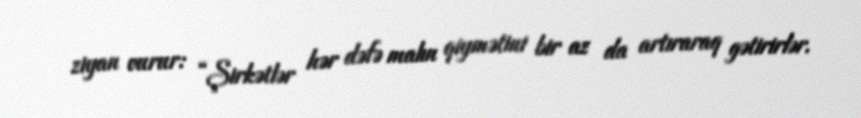
ziyan vurur: “Şirkətlər hər dəfə malın qiymətini bir az da artıraraq gətirirlər.